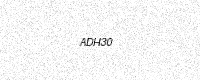
Text: ADH30